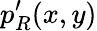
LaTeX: p_{R}^{\prime}(x,y)